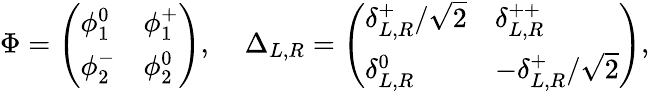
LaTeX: \Phi=\left(\begin{array}{ll}{{\phi_{1}^{0}}}&{{\phi_{1}^{+}}}\\ {{\phi_{2}^{-}}}&{{\phi_{2}^{0}}}\end{array}\right),\; \; \; \; \Delta_{L,R}=\left(\begin{array}{ll}{{\delta_{L,R}^{+}/\sqrt{2}}}&{{\delta_{L,R}^{++}}}\\ {{\delta_{L,R}^{0}}}&{{-\delta_{L,R}^{+}/\sqrt{2}}}\end{array}\right),